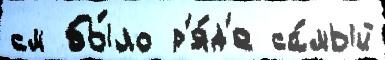
см бы́ло р'я́д'е са́мый